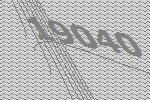
19040